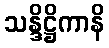
သန္ဒိဋ္ဌိကာနိ